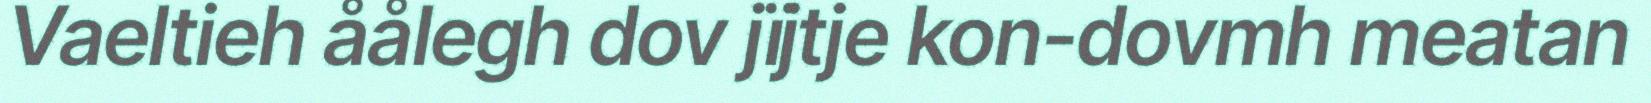
Vaeltieh åålegh dov jïjtje kon-dovmh meatan